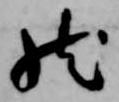
然